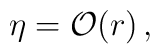
\eta = {\cal O}(r)\,,